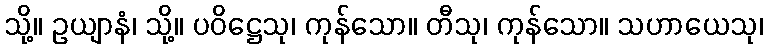
သို့။ ဥယျာနံ၊ သို့။ ပဝိဋ္ဌေသု၊ ကုန်သော။ တီသု၊ ကုန်သော။ သဟာယေသု၊